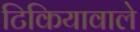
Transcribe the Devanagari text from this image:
टिकियावाले